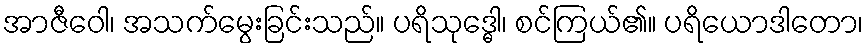
အာဇီဝေါ၊ အသက်မွေးခြင်းသည်။ ပရိသုဒ္ဓေါ၊ စင်ကြယ်၏။ ပရိယောဒါတော၊